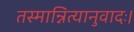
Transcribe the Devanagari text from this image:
तस्मान्नित्यानुवादः।